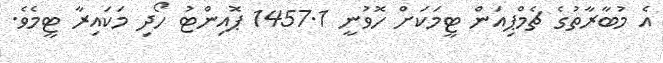
އެ މުބާރާތުގެ ޗެމްޕިއަން ޓީމަކަށް ހޮވުނީ 1457.1 ޕޮއިންޓު ހޯދި މަކައިރާ ޓީމެވެ.